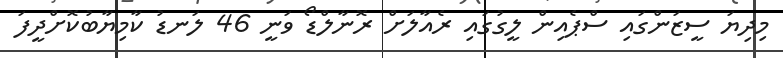
މިދިޔަ ސީޒަންގައި ސްޕެއިން ލީގުގައި ރެއާލަށް ރޮނާލްޑޯ ވަނީ 46 ލަނޑު ކާމިޔާބުކޮށްދީފަ